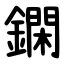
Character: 䥜